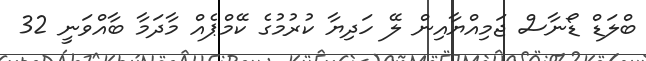
ބްލަޑް ޑޯނާސް ޖަމިއްޔާއިން ލޭ ހަދިޔާ ކުރުމުގެ ކޭމްޕެއް މާދަމާ ބާއްވަނީ 32